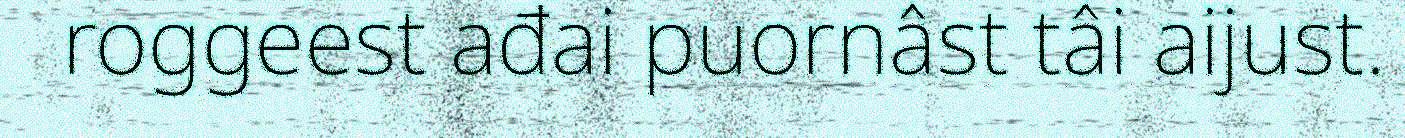
roggeest ađai puornâst tâi aijust.